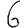
Digit: 6